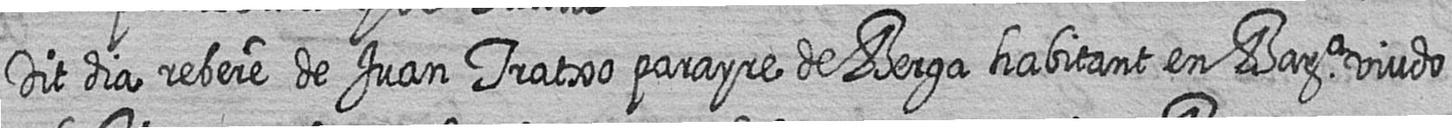
Dit dia rebere de Juan Tratxo parayre de Berga habitant en Bara viudo